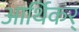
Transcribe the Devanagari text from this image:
आर्थिकर्